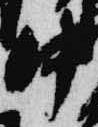
中